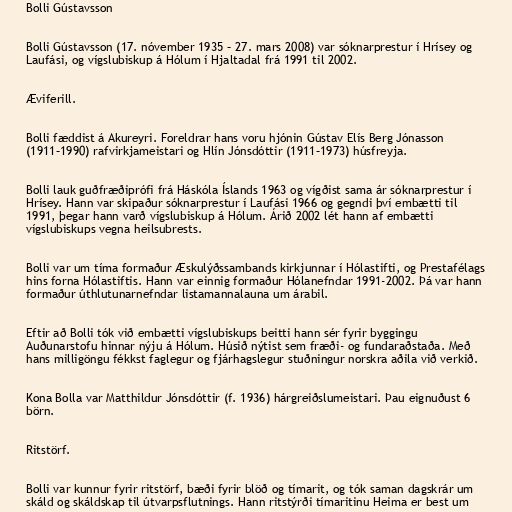
Bolli Gústavsson

Bolli Gústavsson (17. nóvember 1935 – 27. mars 2008) var sóknarprestur í Hrísey og
Laufási, og vígslubiskup á Hólum í Hjaltadal frá 1991 til 2002.

Æviferill.

Bolli fæddist á Akureyri. Foreldrar hans voru hjónin Gústav Elís Berg Jónasson
(1911–1990) rafvirkjameistari og Hlín Jónsdóttir (1911–1973) húsfreyja.

Bolli lauk guðfræðiprófi frá Háskóla Íslands 1963 og vígðist sama ár sóknarprestur í
Hrísey. Hann var skipaður sóknarprestur í Laufási 1966 og gegndi því embætti til
1991, þegar hann varð vígslubiskup á Hólum. Árið 2002 lét hann af embætti
vígslubiskups vegna heilsubrests.

Bolli var um tíma formaður Æskulýðssambands kirkjunnar í Hólastifti, og Prestafélags
hins forna Hólastiftis. Hann var einnig formaður Hólanefndar 1991-2002. Þá var hann
formaður úthlutunarnefndar listamannalauna um árabil.

Eftir að Bolli tók við embætti vígslubiskups beitti hann sér fyrir byggingu
Auðunarstofu hinnar nýju á Hólum. Húsið nýtist sem fræði- og fundaraðstaða. Með
hans milligöngu fékkst faglegur og fjárhagslegur stuðningur norskra aðila við verkið.

Kona Bolla var Matthildur Jónsdóttir (f. 1936) hárgreiðslumeistari. Þau eignuðust 6
börn.

Ritstörf.

Bolli var kunnur fyrir ritstörf, bæði fyrir blöð og tímarit, og tók saman dagskrár um
skáld og skáldskap til útvarpsflutnings. Hann ritstýrði tímaritinu Heima er best um